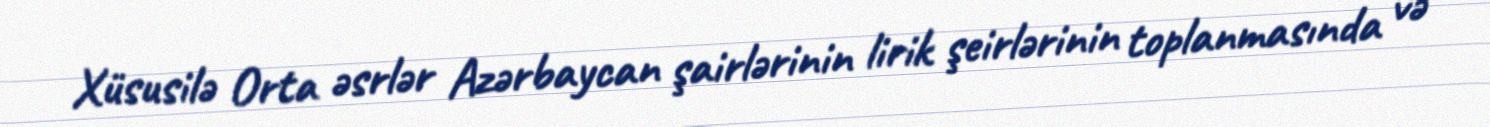
Xüsusilə Orta əsrlər Azərbaycan şairlərinin lirik şeirlərinin toplanmasında və